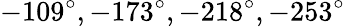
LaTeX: -109^{\circ},-173^{\circ},-218^{\circ},-253^{\circ}